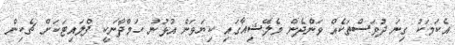
އެކަމަކު ގިނަ ދުވަސްތަކެއް ވަންދެން މެލޭޝިއާގައި ކިޔަވަން އުޅުނު ހަމްދާނަކީ ފްލައިޓަކަށް ޗެކިން